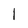
Character: 1